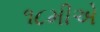
૧૮મીએ